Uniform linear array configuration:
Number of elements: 12
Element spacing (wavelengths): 0.25
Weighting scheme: exponential
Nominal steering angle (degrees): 60
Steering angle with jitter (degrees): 59.043
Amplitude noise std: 0.05
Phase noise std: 0.05

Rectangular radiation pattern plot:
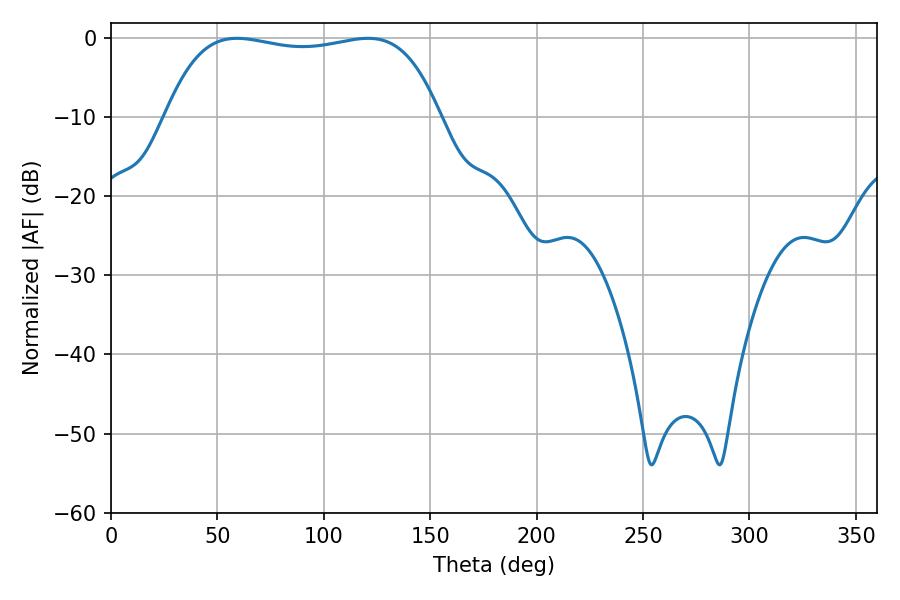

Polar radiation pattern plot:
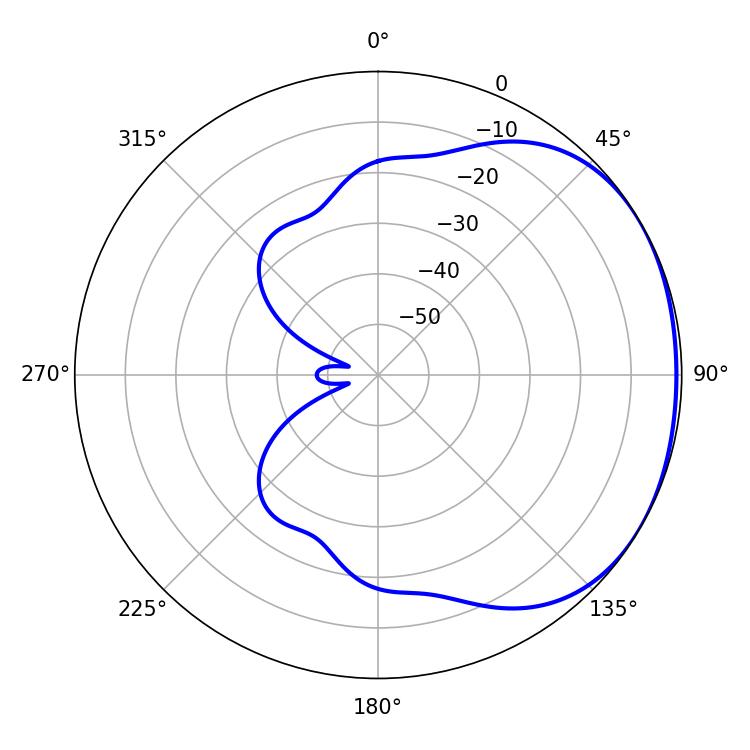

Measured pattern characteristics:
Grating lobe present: FALSE
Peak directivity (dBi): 1.438
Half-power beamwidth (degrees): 102.96
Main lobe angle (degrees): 59.22